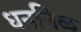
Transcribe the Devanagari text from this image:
धननिळ